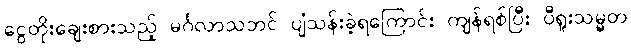
ငွေတိုးချေးစားသည့် မင်္ဂလာသဘင် ပျံသန်းခဲ့ရကြောင်း ကျန်ရစ်ပြီး ပီရူးသမ္မတ